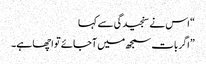
“ اس نے سنجیدگی سے کہا
”اگر بات سمجھ میں آجائے تو اچھا ہے۔